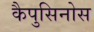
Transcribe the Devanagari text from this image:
कैपुसिनोस